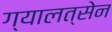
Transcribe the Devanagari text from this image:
ग्यालत्सेन